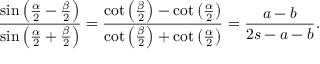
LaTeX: { \frac { \sin \left( { \frac { \alpha } { 2 } } - { \frac { \beta } { 2 } } \right) } { \sin \left( { \frac { \alpha } { 2 } } + { \frac { \beta } { 2 } } \right) } } = { \frac { \cot \left( { \frac { \beta } { 2 } } \right) - \cot \left( { \frac { \alpha } { 2 } } \right) } { \cot \left( { \frac { \beta } { 2 } } \right) + \cot \left( { \frac { \alpha } { 2 } } \right) } } = { \frac { a - b } { 2 s - a - b } } .